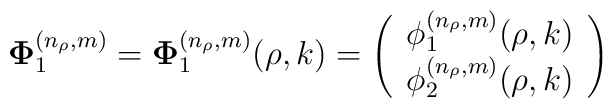
{\bf\Phi}^{(n_\rho,m)}_1={\bf\Phi}^{(n_\rho,m)}_1(\rho,k)=\left(\begin{array}{c}\phi_1^{(n_\rho,m)}(\rho,k) \\\phi_2^{(n_\rho,m)}(\rho,k)\end{array}\right)